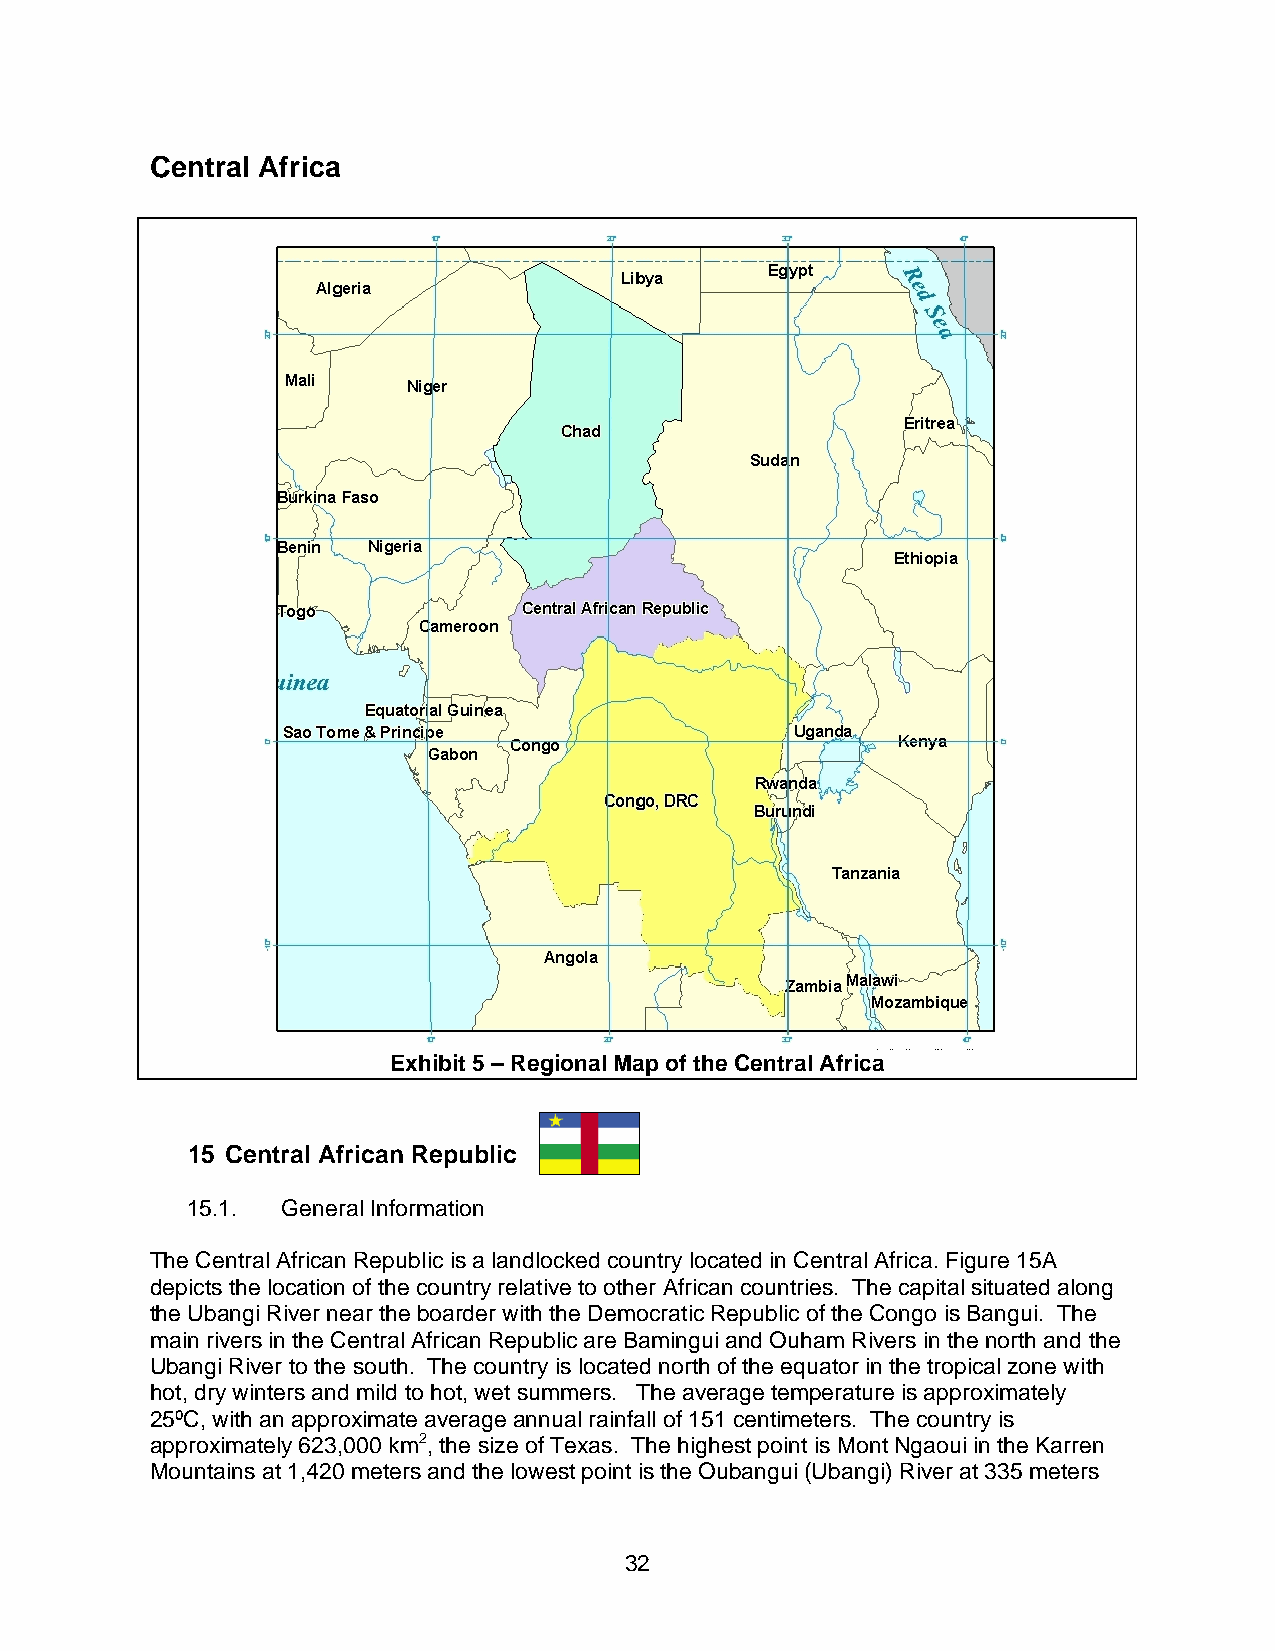
Central Africa
 Exhibit 5 – Regional Map of the Central Africa
 15 Central African Republic
 15.1.  General Information
 The Central African Republic is a landlocked country located in Central Africa. Figure 15A
 depicts the location of the country relative to other African countries. The capital situated along
 the Ubangi River near the boarder with the Democratic Republic of the Congo is Bangui. The
 main rivers in the Central African Republic are Bamingui and Ouham Rivers in the north and the
 Ubangi River to the south. The country is located north of the equator in the tropical zone with
 hot, dry winters and mild to hot, wet summers. The average temperature is approximately
 25ºC, with an approximate average annual rainfall of 151 centimeters. The country is
 approximately 623,000 km2, the size of Texas. The highest point is Mont Ngaoui in the Karren
 Mountains at 1,420 meters and the lowest point is the Oubangui (Ubangi) River at 335 meters
 32